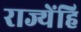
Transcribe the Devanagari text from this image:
राज्येंहि